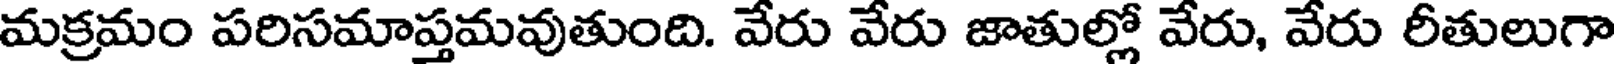
మక్రమం పరిసమాప్తమవుతుంది. వేరు వేరు జాతుల్లో వేరు, వేరు రీతులుగా